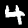
Label: 4